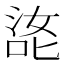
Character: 㖳